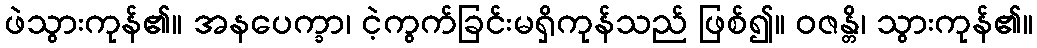
ဖဲသွားကုန်၏။ အနပေက္ခာ၊ ငဲ့ကွက်ခြင်းမရှိကုန်သည် ဖြစ်၍။ ဝဇန္တိ၊ သွားကုန်၏။